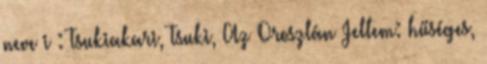
neve i : Tsukiakari, Tsuki, Az Oroszlán Jellem: hűséges,